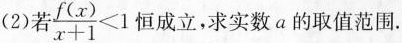
(2)若 $$\frac { f ( x ) } { x + 1 } < 1$$ 恒成立，求实数a的取值范围.